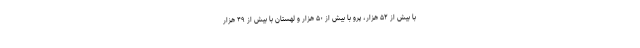
با بیش از ۵۲ هزار، پرو با بیش از ۵۰ هزار و لهستان با بیش از ۴۹ هزار